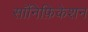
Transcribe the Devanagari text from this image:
सॉनिफ़िकेशन